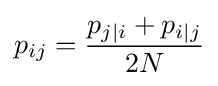
p_{ij}={\frac {p_{j\mid i}+p_{i\mid j}}{2N}}